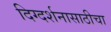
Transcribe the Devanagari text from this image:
दिग्दर्शनासाठीचा